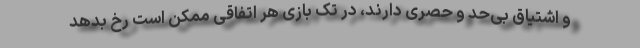
و اشتیاق بی‌حد و حصری دارند، در تک بازی هر اتفاقی ممکن است رخ بدهد